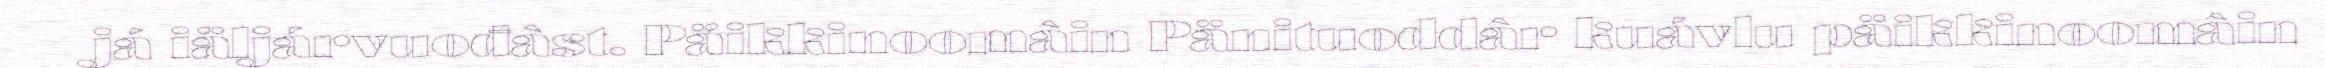
já iäljárvuođâst. Päikkinoomâin Pänituoddâr kuávlu päikkinoomâin